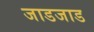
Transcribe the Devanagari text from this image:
जाडजाड